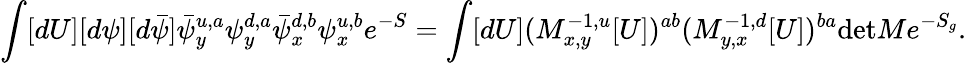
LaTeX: \int[dU][d\psi][d\bar{\psi}]\bar{\psi}_{y}^{u,a}\psi_{y}^{d,a}\bar{\psi}_{x}^{d,b}\psi_{x}^{u,b}e^{-S}=\int[dU](M_{x,y}^{-1,u}[U])^{ab}(M_{y,x}^{-1,d}[U])^{ba}\mathrm{det}Me^{-S_{g}}.